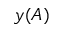
y ( A )